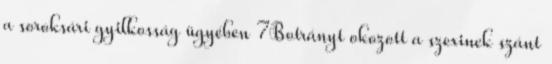
a soroksári gyilkosság ügyében 7Botrányt okozott a szexinek szánt